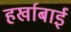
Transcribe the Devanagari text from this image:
हर्खाबाई